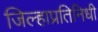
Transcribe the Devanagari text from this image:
जिल्हाप्रतिनिधी